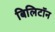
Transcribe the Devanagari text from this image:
बिलिटॉन